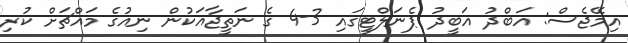
އިމޭޖެސް: އަބްދު އަބީދު ޕެނަލްޓީގައި 3-4 ގެ ނަތީޖާއަކުން ނިއުގެ މައްޗަށް ކުރި